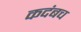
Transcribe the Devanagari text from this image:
कदंबच